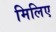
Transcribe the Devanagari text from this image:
मिलिए